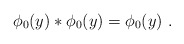
\begin{align*} \phi_0(y) * \phi_0(y) = \phi_0(y)\,\,.\end{align*}